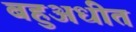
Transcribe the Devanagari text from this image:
बहुअधीत